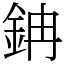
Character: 䤡